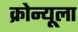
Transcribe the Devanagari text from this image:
क्रोन्यूला